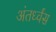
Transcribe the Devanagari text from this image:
अंतर्ध्वंस